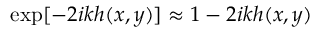
\mathrm { e x p } [ - 2 i k h ( x , y ) ] \approx 1 - 2 i k h ( x , y )